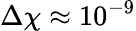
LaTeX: \Delta\chi\approx 10^{-9}